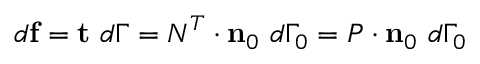
d \mathbf { f } = \mathbf { t } ~ d \Gamma = { \boldsymbol { N } } ^ { T } \cdot \mathbf { n } _ { 0 } ~ d \Gamma _ { 0 } = { \boldsymbol { P } } \cdot \mathbf { n } _ { 0 } ~ d \Gamma _ { 0 }